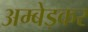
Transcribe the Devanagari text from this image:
अम्बेड्कर